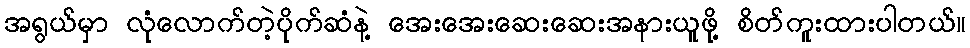
အရွယ်မှာ လုံလောက်တဲ့ပိုက်ဆံနဲ့ အေးအေးဆေးဆေးအနားယူဖို့ စိတ်ကူးထားပါတယ်။